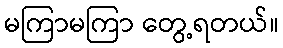
မကြာမကြာ တွေ့ရတယ်။